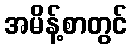
အမိန့်စာတွင်